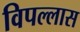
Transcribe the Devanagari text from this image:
विपल्लास